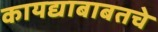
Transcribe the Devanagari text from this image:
कायद्याबाबतचे